Annual report of the Bengal Veterinary College and of the Civil Veterinary Department, Bengal, for the year 1909-1910 - 1909-1910
Year: 1909
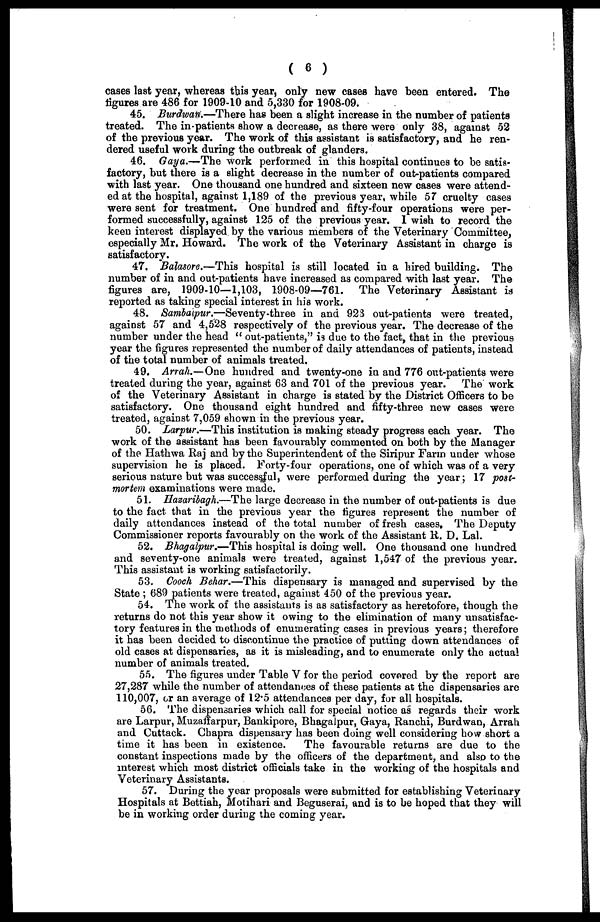
( 6 )
cases last year, whereas this year, only new cases have been entered. The
figures are 486 for 1909-10 and 5,330 for 1908-09.
45. Burdwan.—There has been a slight increase in the number of patients
treated. The in-patients show a decrease, as there were only 38, against 52
of the previous year. The work of this assistant is satisfactory, and he ren-
dered useful work during the outbreak of glanders.
46. Gaya.—The work performed in this hospital continues to be satis-
factory, but there is a slight decrease in the number of out-patients compared
with last year. One thousand one hundred and sixteen new cases were attend-
ed at the hospital, against 1,189 of the previous year, while 57 cruelty cases
were sent for treatment. One hundred and fifty-four operations were per-
formed successfully, against 125 of the previous year. 1 wish to record the
keen interest displayed by the various members of the Veterinary Committee,
especially Mr. Howard. The work of the Veterinary Assistant in charge is
satisfactory.
47. Balasore.—This hospital is still located in a hired building. The
number of in and out-patients have increased as compared with last year. The
figures are, 1909-10—1,103, 1908-09—761. The Veterinary Assistant is
reported as taking special interest in his work.
48. Sambaipur.—Seventy-three in and 923 out-patients were treated,
against 57 and 4,528 respectively of the previous year. The decrease of the
number under the head " out-patients," is due to the fact, that in the previous
year the figures represented the number of daily attendances of patients, instead
of the total number of animals treated,
49. Arrah.—One hundred and twenty-one in and 776 out-patients were
treated during the year, against 63 and 701 of the previous year. The work
of the Veterinary Assistant in charge is stated by the District Officers to be
satisfactory. One thousand eight hundred and fifty-three new cases were
treated, against 7,059 shown in the previous year.
50. Larpur.—This institution is making steady progress each year. The
work of the assistant has been favourably commented on both by the Manager
of the Hathwa Raj and by the Superintendent of the Siripur Farm under whose
supervision he is placed. Forty-four operations, one of which was of a very
serious nature but was successful, were performed during the year; 17 post-
mortem examinations were made.
51. Hazaribagh.—The large decrease in the number of out-patients is due
to the fact that in the previous year the figures represent the number of
daily attendances instead of the total number of fresh cases. The Deputy
Commissioner reports favourably on the work of the Assistant R. D. Lal.
52. Bhagalpur.—This hospital is doing well. One thousand one hundred
and seventy-one animals were treated, against 1,547 of the previous year.
This assistant is working satisfactorily.
53. Cooch Behar.—This dispensary is managed and supervised by the
State ; 689 patients were treated, against 450 of the previous year.
54. The work of the assistants is as satisfactory as heretofore, though the
returns do not this year show it owing to the elimination of many unsatisfac-
tory features in the methods of enumerating cases in previous years; therefore
it has been decided to discontinue the practice of putting down attendances of
old cases at dispensaries, as it is misleading, and to enumerate only the actual
number of animals treated.
55. The figures under Table V for the period covered by the report are
27,287 while the number of attendances of these patients at the dispensaries are
110,007, or an average of 12.5 attendances per day, for all hospitals.
56. The dispensaries which call for special notice as regards their work
are Larpur, Muzaffarpur, Bankipore, Bhagalpur, Gaya, Ranchi, Burdwan, Arrah
and Cuttack. Chapra dispensary has been doing well considering how short a
time it has been in existence.
The favourable returns are due to the
constant inspections made by the officers of the department, and also to the
interest which most district officials take in the working of the hospitals and
Veterinary Assistants.
57. During the year proposals were submitted for establishing Veterinary
Hospitals at Bettiah, Motihari and Beguserai, and is to be hoped that they will
be in working order during the coming year.